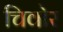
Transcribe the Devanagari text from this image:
चिवोर